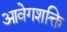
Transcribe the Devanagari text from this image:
आवेगशक्ति